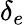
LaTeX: \delta_{e}